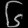
Digit: ၆